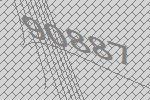
90887